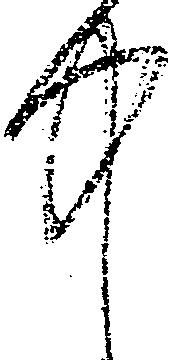
中